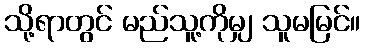
သို့ရာတွင် မည်သူ့ကိုမျှ သူမမြင်။